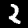
Label: 2